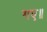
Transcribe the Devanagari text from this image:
गए॥